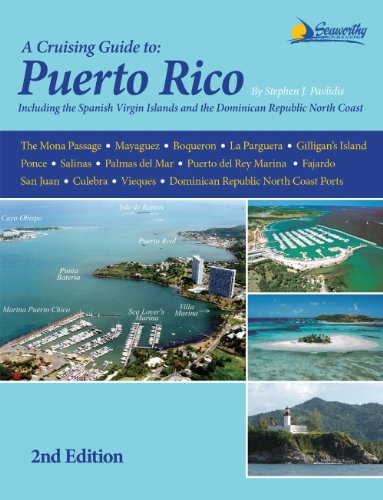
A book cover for Puerto Rico Cruising Guide, 2nd ed.; Stephen J. Pavlidis; Travel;